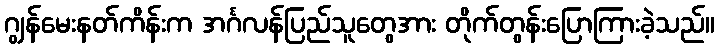
ဂျွန်မေးနတ်ကိန်းက အင်္ဂလန်ပြည်သူတွေအား တိုက်တွန်းပြောကြားခဲ့သည်။